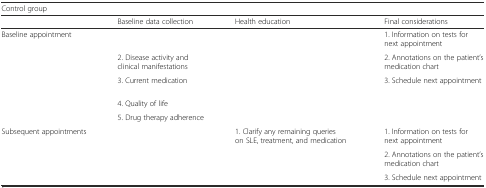
<table><thead><tr><td colspan="4"><b>Control group</b></td></tr><tr><td>[EMPTY_CELL]</td><td><b>Baseline data collection</b></td><td><b>Health education</b></td><td><b>Final considerations</b></td></tr></thead><tbody><tr><td rowspan="5">Baseline appointment</td><td>[EMPTY_CELL]</td><td>[EMPTY_CELL]</td><td>1. Information on tests for next appointment</td></tr><tr><td>2. Disease activity and clinical manifestations</td><td>[EMPTY_CELL]</td><td>2. Annotations on the patient’s medication chart</td></tr><tr><td>3. Current medication</td><td>[EMPTY_CELL]</td><td>3. Schedule next appointment</td></tr><tr><td>4. Quality of life</td><td>[EMPTY_CELL]</td><td>[EMPTY_CELL]</td></tr><tr><td>5. Drug therapy adherence</td><td>[EMPTY_CELL]</td><td>[EMPTY_CELL]</td></tr><tr><td rowspan="3">Subsequent appointments</td><td>[EMPTY_CELL]</td><td>1. Clarify any remaining queries on SLE, treatment, and medication</td><td>1. Information on tests for next appointment</td></tr><tr><td>[EMPTY_CELL]</td><td>[EMPTY_CELL]</td><td>2. Annotations on the patient’s medication chart</td></tr><tr><td>[EMPTY_CELL]</td><td>[EMPTY_CELL]</td><td>3. Schedule next appointment</td></tr></tbody></table>